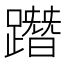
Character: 𨅔